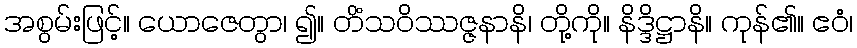
အစွမ်းဖြင့်။ ယောဇေတွာ၊ ၍။ တိံသဝိဿဇ္ဇနာနိ၊ တို့ကို။ နိဒ္ဒိဋ္ဌာနိ။ ကုန်၏။ ဧဝံ၊